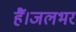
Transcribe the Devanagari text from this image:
हैं।जलभर